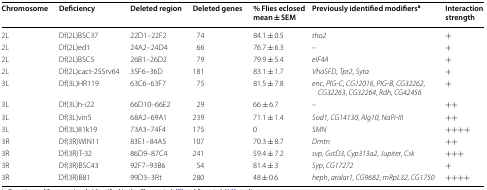
| Chromosome | Deficiency | Deleted region | Deleted genes | % Flies eclosed mean ± SEM | Previously identified modifiersa | Interaction strength |
 | --- | --- | --- | --- | --- | --- | --- |
 | 2L | Df(2L)BSC37 | 22D1–22F2 | 74 | 84.1 ± 0.5 | tho2 | + |
 | 2L | Df(2L)ed1 | 24A2–24D4 | 66 | 76.7 ± 6.3 | – | + |
 | 2L | Df(2L)BSC5 | 26B1–26D2 | 79 | 79.9 ± 5.4 | eIF4A | + |
 | 2L | Df(2L)cact-255rv64 | 35F6–36D | 181 | 83.1 ± 1.7 | VhaSFD, Tpr2, Sytα | + |
 | 3L | Df(3L)HR119 | 63C6–63F7 | 75 | 81.5 ± 7.8 | enc, PIG-C, CG12016, PIG-B, CG32262, CG32263, CG32264, Rdh, CG42456 | + |
 | 3L | Df(3L)h-i22 | 66D10–66E2 | 29 | 66 ± 6.7 | – | ++ |
 | 3L | Df(3L)vin5 | 68A2–69A1 | 239 | 71.1 ± 1.4 | Sod1, CG14130, Alg10, NaPi-III | ++ |
 | 3L | Df(3L)81k19 | 73A3–74F4 | 175 | 0 | SMN | ++++ |
 | 3R | Df(3R)WIN11 | 83E1–84A5 | 107 | 70.3 ± 8.7 | Dmtn | ++ |
 | 3R | Df(3R)T-32 | 86D9–87C4 | 241 | 59.4 ± 7.2 | svp, GstD3, Cyp313a2, Jupiter, Csk | +++ |
 | 3R | Df(3R)BSC43 | 92F7–93B6 | 54 | 81.4 ± 3 | Syp, CG17272 | + |
 | 3R | Df(3R)B81 | 99D3–3Rt | 280 | 48 ± 0.6 | heph, aralar1, CG9682, mRpL32, CG1750 | ++++ |